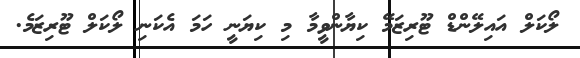
ލޯކަލް އައިލޭންޑް ޓޫރިޒަމޭ ކިޔާންވީމާ މި ކިޔަނީީ ހަމަ އެކަނި ލޯކަލް ޓޫރިޒަމެ.